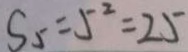
S _ { 5 } = 5 ^ { 2 } = 2 5